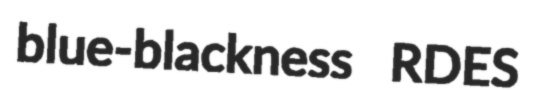
blue-blackness RDES